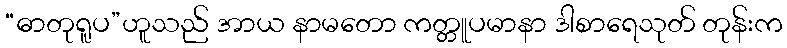
“ဓာတုရူပ”ဟူသည် အာယ နာမတော ကတ္တူပမာနာ ဒါစာရေသုတ် တုန်းက